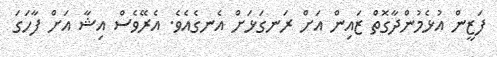
ފަޒީން އުޅެމުންދާގޮތް ޒައިން އަށް ރަނގަޅަށް އެނގެއެވެ. އެރޭވެސް އިޝާ އަށް ފާހަގަ